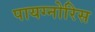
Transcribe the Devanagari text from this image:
पायग्नोरिस